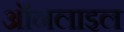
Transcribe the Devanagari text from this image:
ऑनलाइल